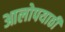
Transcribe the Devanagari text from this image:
आलोपयाठी